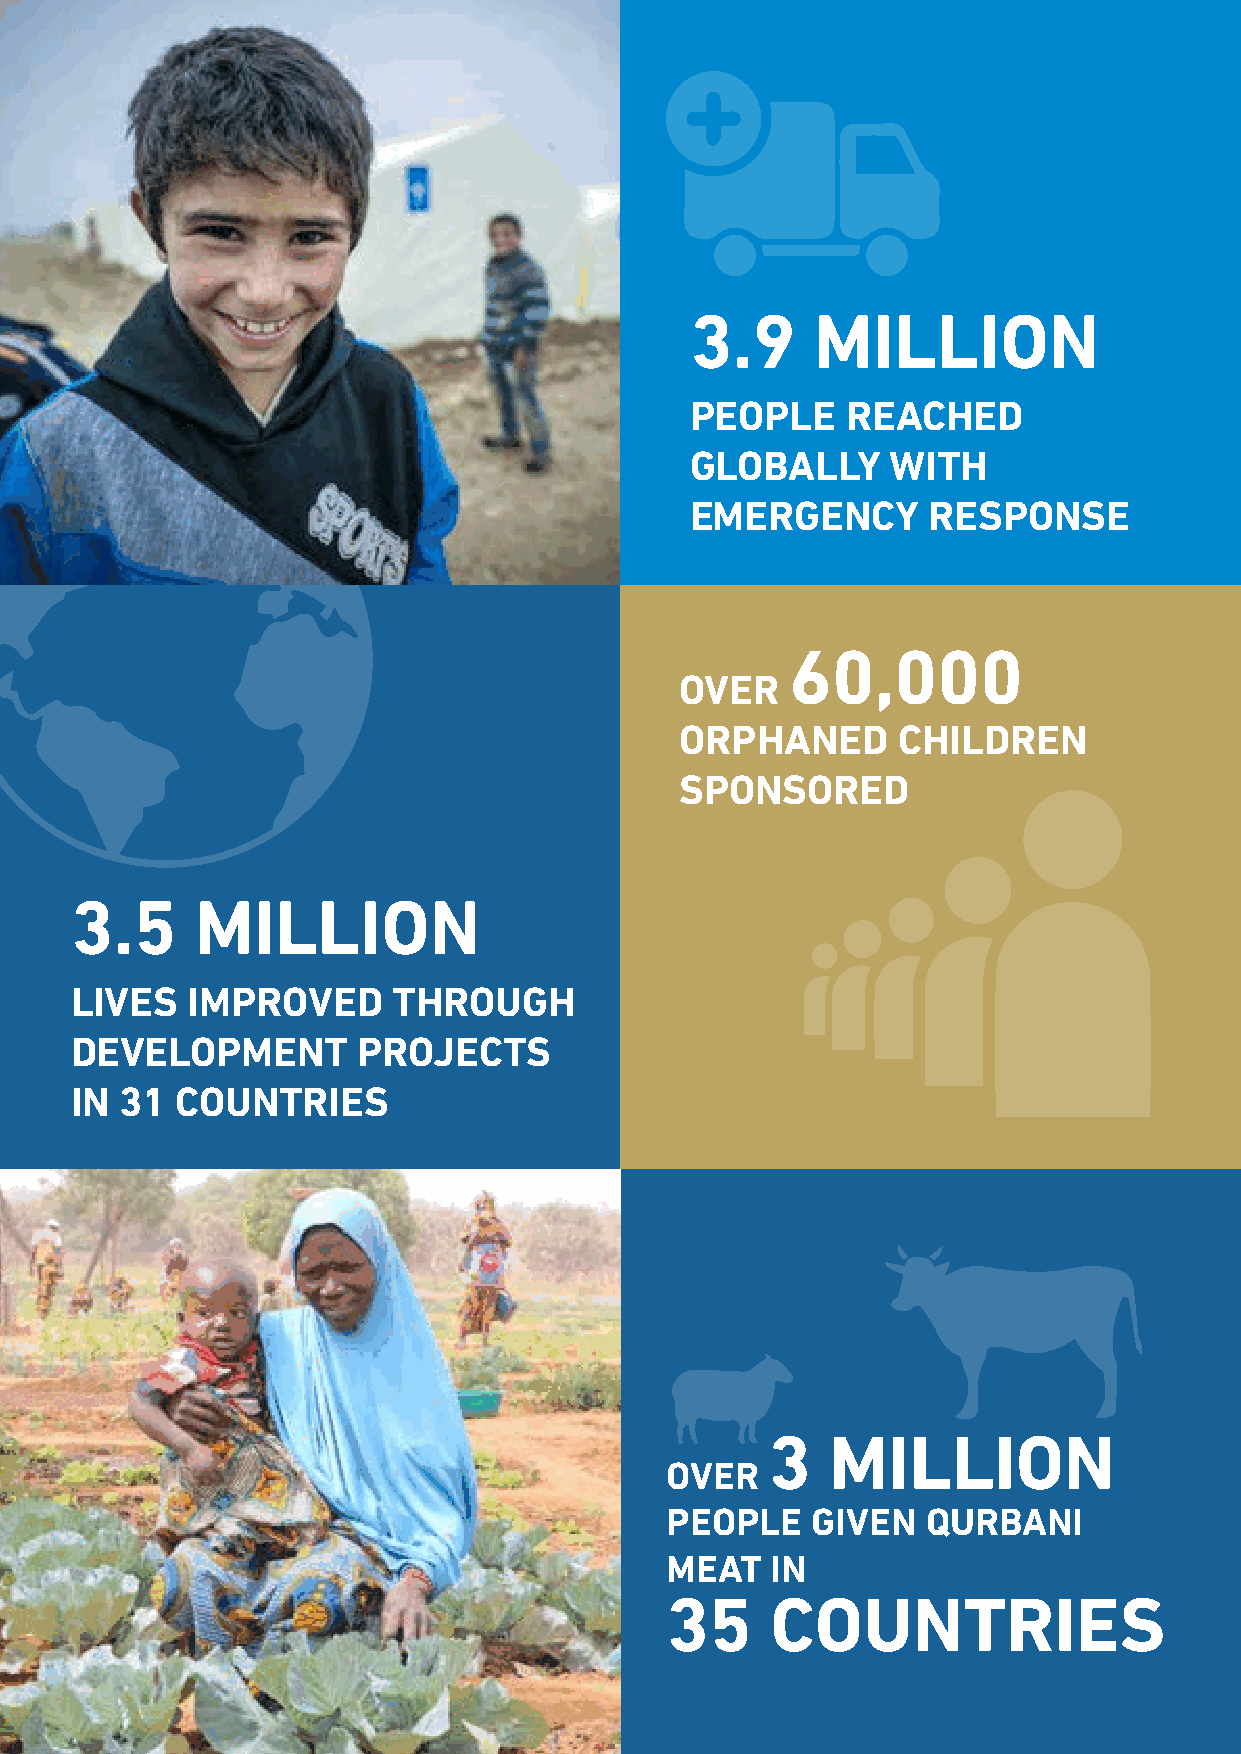
3.9     MILLION
 PEOPLE    REACHED
 GLOBALLY     WITH
 EMERGENCY      RESPONSE
 60,000
 OVER
 ORPHANED      CHILDREN
 SPONSORED
 3.5     MILLION
 LIVES  IMPROVED      THROUGH
 DEVELOPMENT        PROJECTS
 IN 31  COUNTRIES
 3   MILLION
 OVER
 PEOPLE    GIVEN  QURBANI
 MEAT   IN
 35     COUNTRIES